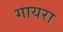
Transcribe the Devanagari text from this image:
गायरा